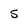
Character: 5